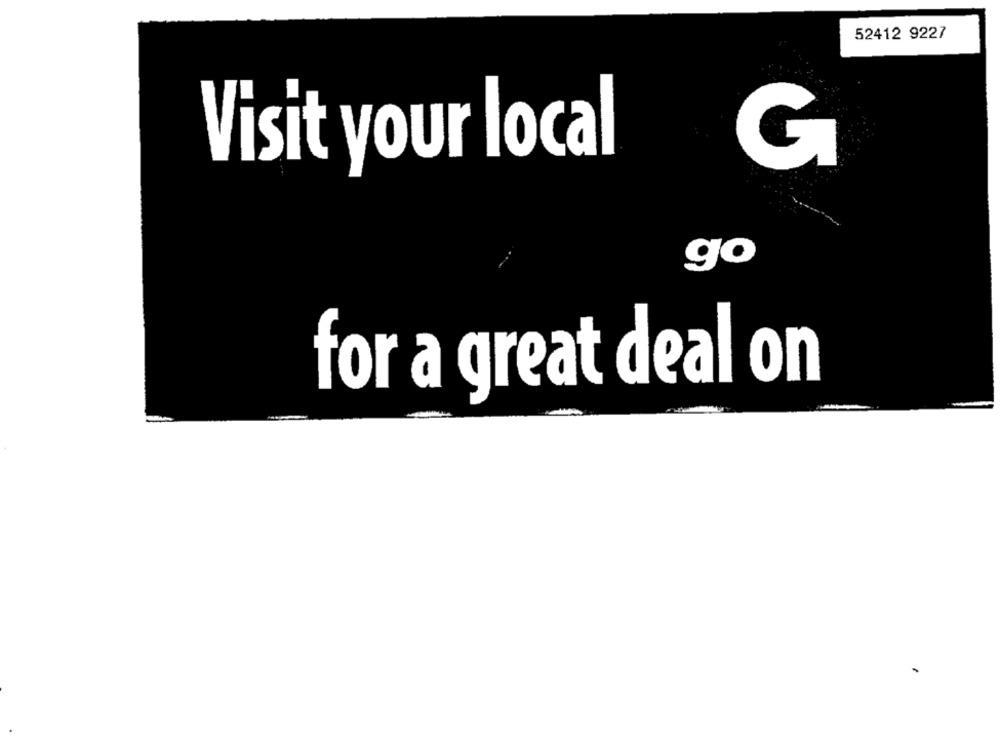
52412 9227
Visit your local
go
for a great deal on